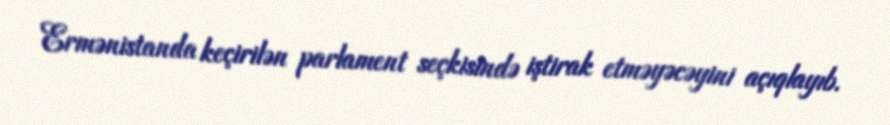
Ermənistanda keçirilən parlament seçkisində iştirak etməyəcəyini açıqlayıb.